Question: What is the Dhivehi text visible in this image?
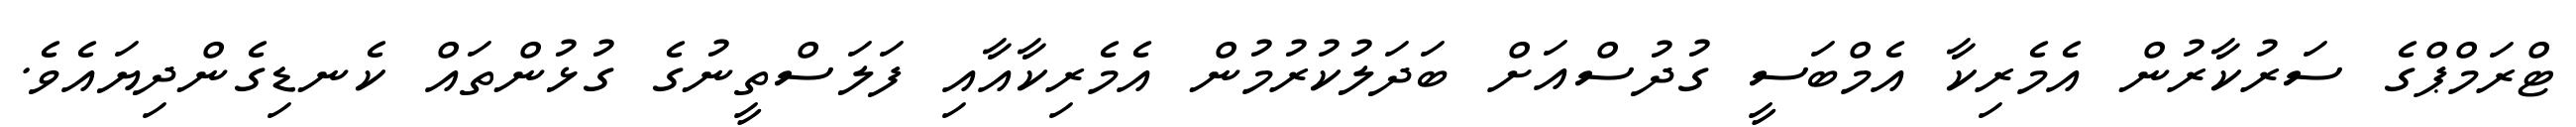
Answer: ޓްރަމްޕްގެ ސަރުކާރުން އެމެރިކާ އެމްބަސީ ގުދުސްއަށް ބަދަލުކުރުމުން އެމެރިކާއާއި ފަލަސްތީނުގެ ގުޅުންތައް ކެނޑިގެންދިޔައެވެ.